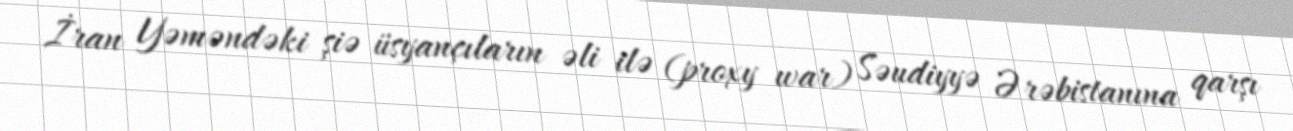
İran Yəməndəki şiə üsyançıların əli ilə (proxy war) Səudiyyə Ərəbistanına qarşı